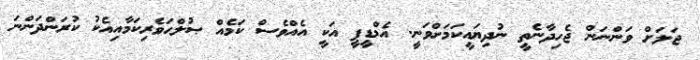
ޖަލަށް ވަންނަން ޖެހިދާނެތީ ނުދިޔައީކަމަށްވަނީ. އެމްޑީޕީ އަކީ އެއްވެސް ކަމެއް ޞުލްޙަވެރިކަމާއިއެކު ކުރަންދަންނަ